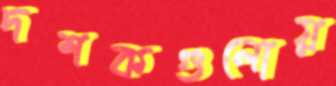
দশকগুলোয়